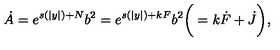
\dot { A } = e ^ { s ( | y | ) + N } b ^ { 2 } = e ^ { s ( | y | ) + k F } b ^ { 2 } \bigg ( = k \dot { F } + \dot { J } \bigg ) ,